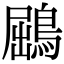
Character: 鶌